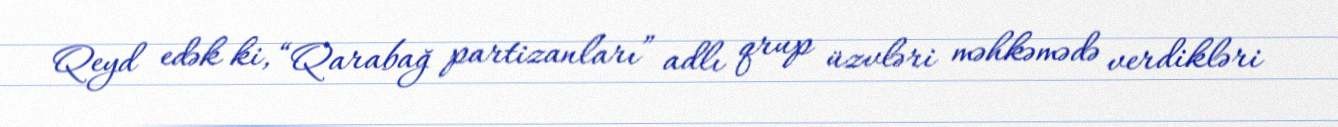
Qeyd edək ki, “Qarabağ partizanları” adlı qrup üzvləri məhkəmədə verdikləri